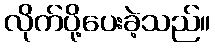
လိုက်ပို့ပေးခဲ့သည်။